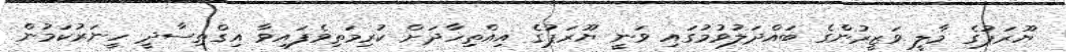
ޔޫރަޕުގެ މާލީ ވަޒީރުންގެ ބައްދަލުވުމުގައި ވަނީ ޔޫރަޕުގެ އިއްތިހާދަށް ކުރިމަތިވެފައިވާ އިގްތިސާދީ ހީނަރުކަމުން